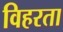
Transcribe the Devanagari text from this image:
विहरता